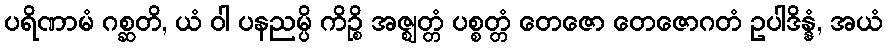
ပရိဏာမံ ဂစ္ဆတိ, ယံ ဝါ ပနညမ္ပိ ကိဉ္စိ အဇ္ဈတ္တံ ပစ္စတ္တံ တေဇော တေဇောဂတံ ဥပါဒိန္နံ, အယံ